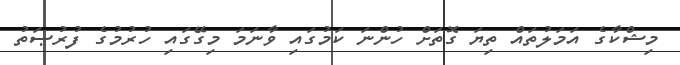
މިޝްކާގެ އަމަލުތައް ތިޔަ ގޮތަށް ހުންނަ ކަމުގައި ވާނަމަ މިގޭގައި ހުރުމުގެ ފުރުޞަތު